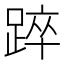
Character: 踤